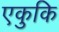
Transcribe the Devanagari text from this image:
एकुकि